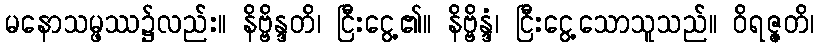
မနောသမ္ဖဿ၌လည်း။ နိဗ္ဗိန္ဒတိ၊ ငြီးငွေ့၏။ နိဗ္ဗိန္ဒံ၊ ငြီးငွေ့သောသူသည်။ ဝိရဇ္ဇတိ၊